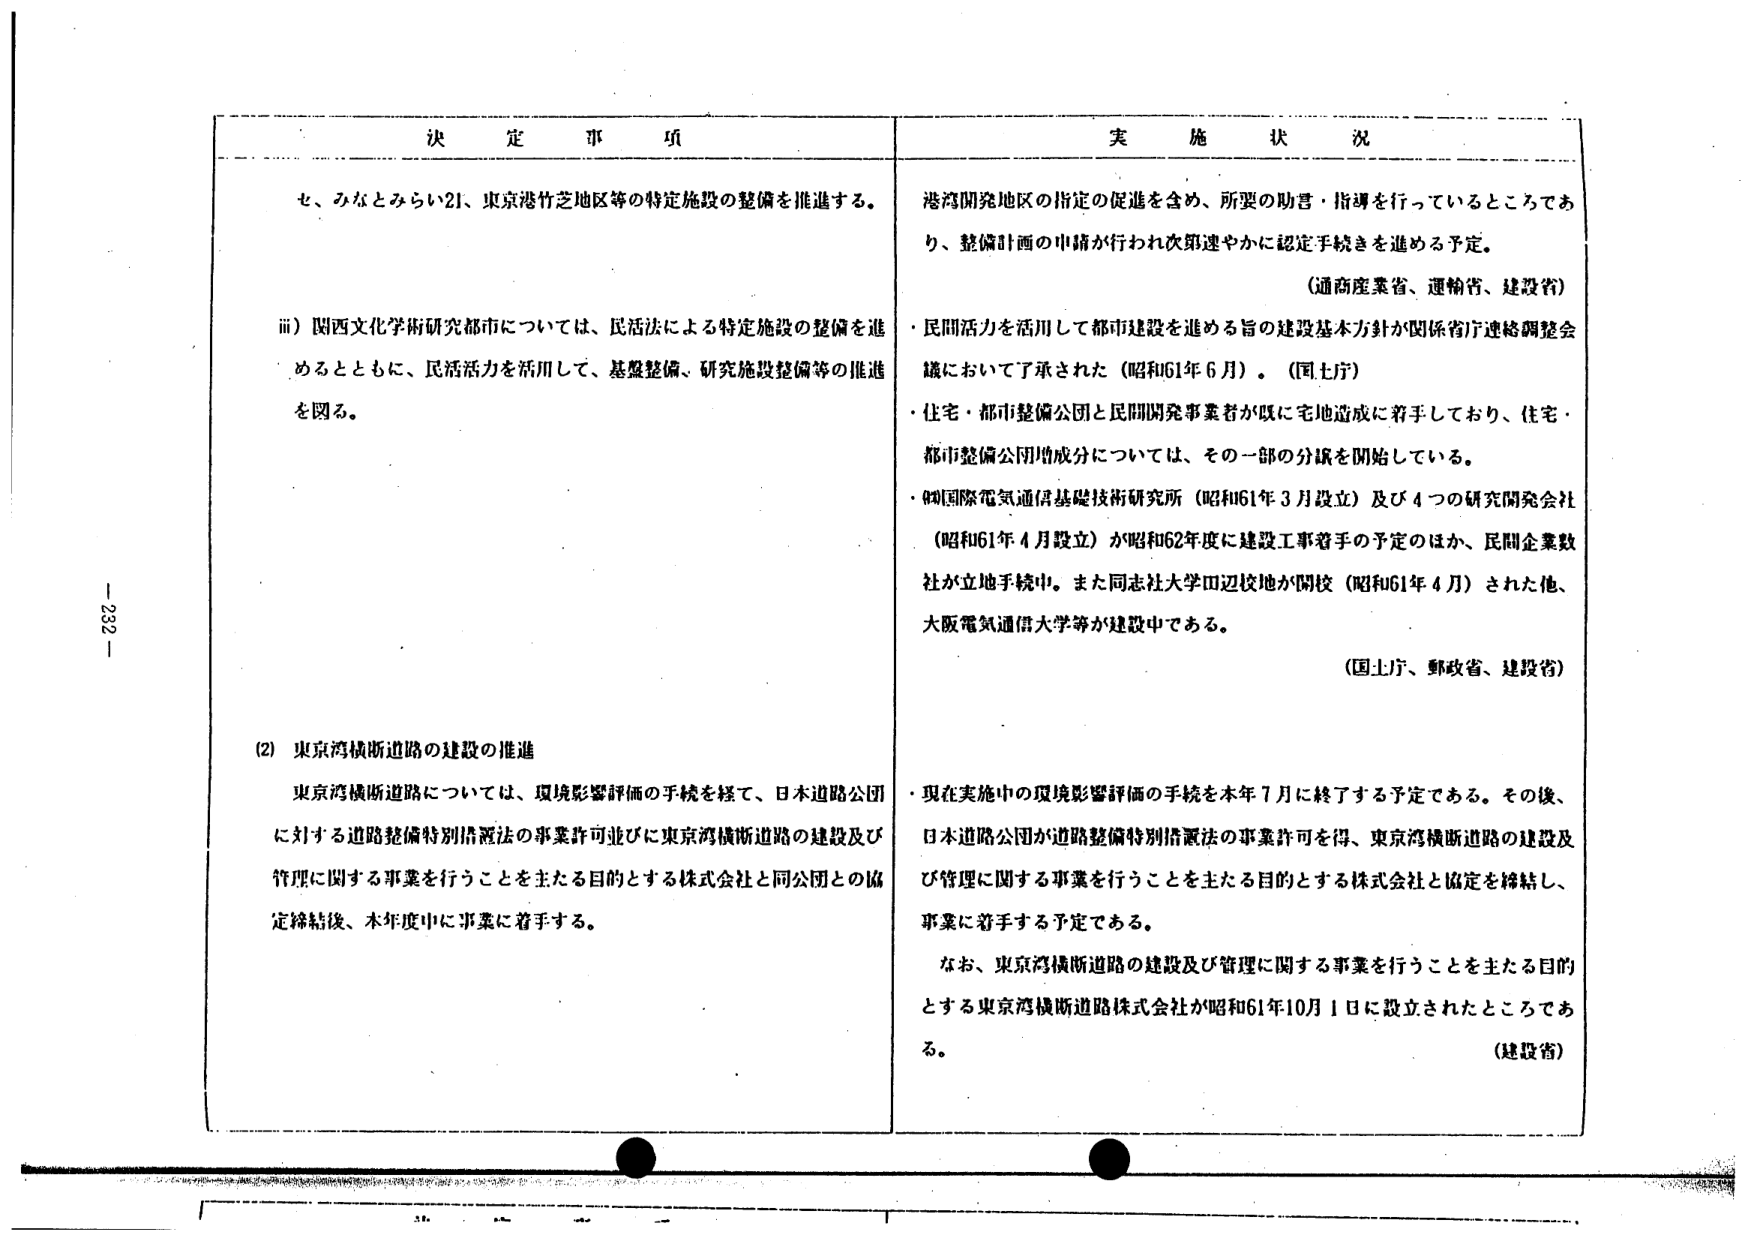
決定事項

セ、みなとみらい21、東京港竹芝地区等の特定施設の整備を推進する。

ⅲ）関西文化学術研究都市については、民活法による特定施設の整備を進めるとともに、民活活力を活用して、基盤整備、研究施設整備等の推進を図る。

(2) 東京湾横断道路の建設の推進

東京湾横断道路については、環境影響評価の手続を経て、日本道路公団に対する道路整備特別措置法の事業許可並びに東京湾横断道路の建設及び管理に関する事業を行うことを主たる目的とする株式会社と同公団との協定締結後、本年度中に事業に着手する。

実施状況

港湾開発地区の指定の促進を含め、所要の助言・指導を行っているところであり、整備計画の申請が行われ次第速やかに認定手続きを進める予定。

（通商産業省、運輸省、建設省）

・民間活力を活用して都市建設を進める旨の建設基本方針が関係省庁連絡調整会議において了承された（昭和61年6月）。（国士庁）

・住宅・都市整備公団と民間開発事業者が既に宅地造成に着手しており、住宅・都市整備公団増成分については、その一部の分譲を開始している。

・(財)国際電気通信基礎技術研究所（昭和61年3月設立）及び4つの研究開発会社（昭和61年4月設立）が昭和62年度に建設工事着手の予定のほか、民間企業数社が立地手続中。また同志社大学田辺校地が開校（昭和61年4月）された他、大阪電気通信大学等が建設中である。

（国士庁、郵政省、建設省）

・現在実施中の環境影響評価の手続を本年7月に終了する予定である。その後、日本道路公団が道路整備特別措置法の事業許可を得、東京湾横断道路の建設及び管理に関する事業を行うことを主たる目的とする株式会社と協定を締結し、事業に着手する予定である。

なお、東京湾横断道路の建設及び管理に関する事業を行うことを主たる目的とする東京湾横断道路株式会社が昭和61年10月1日に設立されたところである。

（建設省）

- 232 -